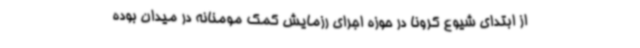
از ابتدای شیوع کرونا در حوزه اجرای رزمایش کمک مومنانه در میدان بوده